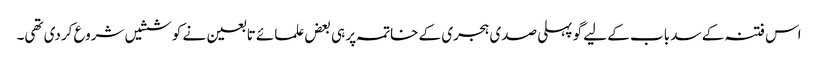
اس فتنہ کے سد باب کے لیے گو پہلی صدی ہجری کے خاتمہ پر ہی بعض علمائے تابعین نے کوششیں شروع کردی تھی۔